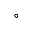
^ { \circ }